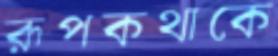
রূপকথাকে